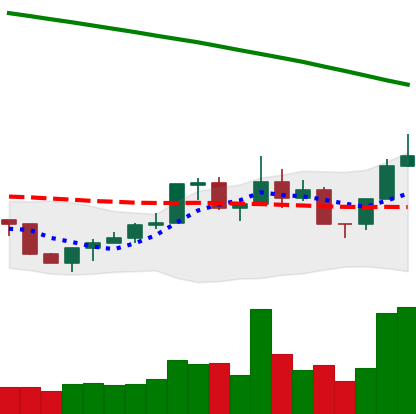
Ticker: NEO-USD
Chart end date: 2022-07-29
Forward return: -5.261%
Label: down_5_7